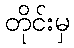
တိုင်းမှ